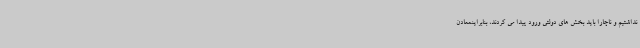
نداشتیم و ناچاراً باید بخش های دولتی ورود پیدا می کردند، بنابراینمعادن